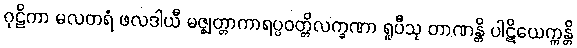
ဂုဠိကာ မလတရံ ဖလဒါယီ မဇ္ဈတ္တာကာရပ္ပဝတ္တိလက္ခဏာ ရူပီသု တာဏန္တိ ပါဋိယေက္ကန္တိ